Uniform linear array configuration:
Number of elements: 16
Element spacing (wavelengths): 0.5
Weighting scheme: exponential
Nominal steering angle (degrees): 15
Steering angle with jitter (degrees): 13.343
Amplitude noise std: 0.05
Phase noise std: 0.05

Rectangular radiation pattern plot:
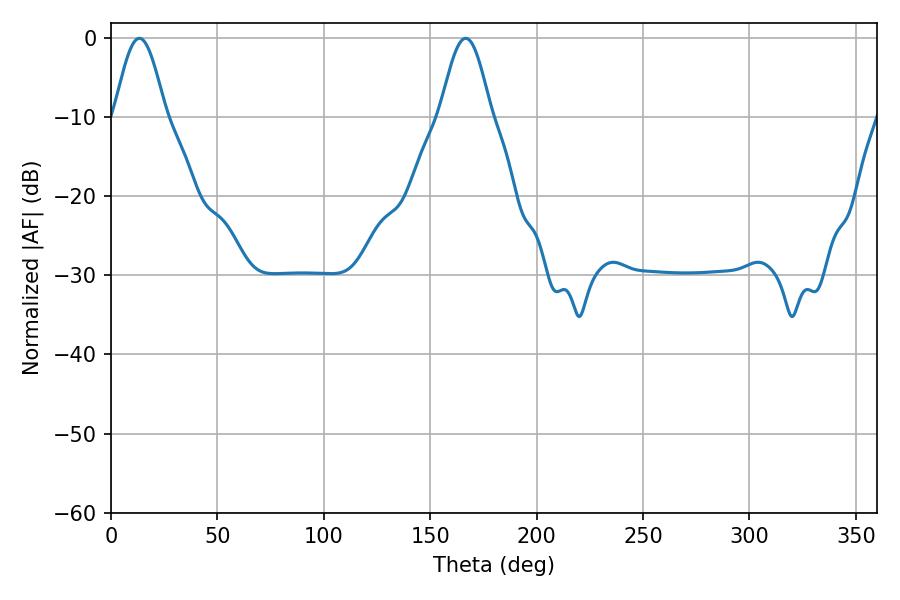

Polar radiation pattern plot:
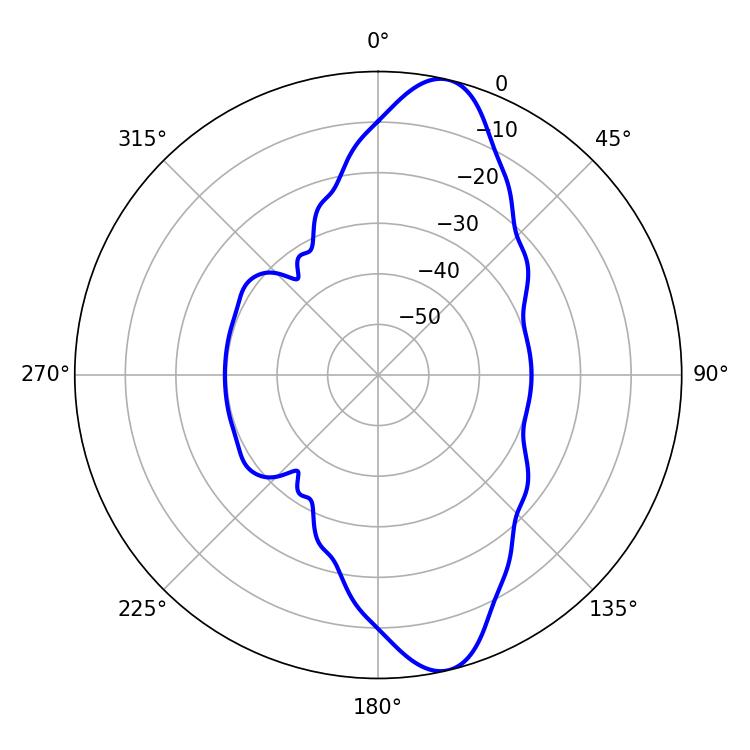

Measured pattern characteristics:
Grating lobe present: FALSE
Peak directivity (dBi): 12.033
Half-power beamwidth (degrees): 12.78
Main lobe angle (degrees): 13.32